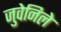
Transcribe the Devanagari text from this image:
जुवेनिले